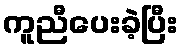
ကူညီပေးခဲ့ပြီး